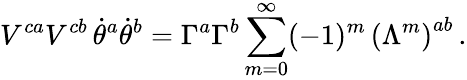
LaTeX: V^{ca}V^{cb}\, \dot{\theta}^{a}\dot{\theta}^{b}=\Gamma^{a}\Gamma^{b}\sum_{m=0}^{\infty}(-1)^{m}\, \left(\Lambda^{m}\right)^{ab}\, .